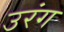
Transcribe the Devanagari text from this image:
उरंग